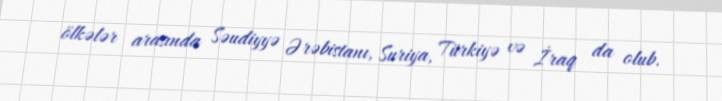
ölkələr arasında Səudiyyə Ərəbistanı, Suriya, Türkiyə və İraq da olub.